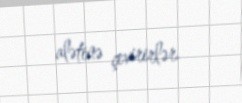
alətinə çevirirlər.